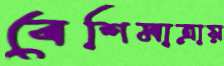
বেশিমাত্রায়